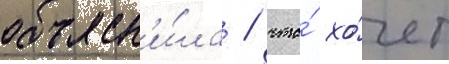
объясн'и́ла / что́ хо́чет